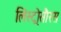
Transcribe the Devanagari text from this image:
लिस्ट्रोसौरस